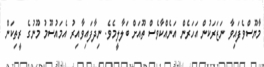
މާޔޫސްވެފައިވާ ނަޒަރަކުން އަހަރެން އަނެއްކާވެސް ތޫއަށް ބަލާލީމެވެ. ނިދާފައިވާއިރު އެމައުސޫމު މޫނުގެ ރީތިކަން